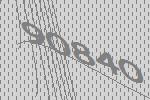
90840